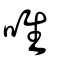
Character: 唯